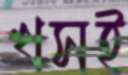
খসই